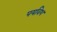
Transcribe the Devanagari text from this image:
पर्यावेश